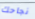
نجاحك